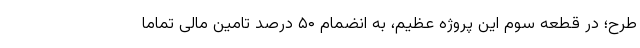
طرح؛ در قطعه سوّم این پروژه عظیم، به انضمام ۵۰ درصد تامین مالی تماماً